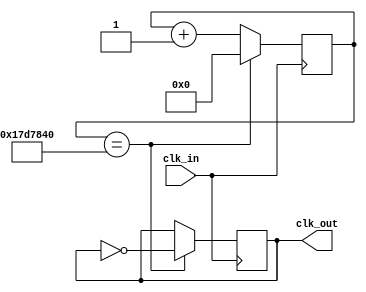
`timescale 1ns / 1ps
//////////////////////////////////////////////////////////////////////////////////
// Company: 
// Engineer: 
// 
// Design Name: 
// Module Name:    Slowclk_1Hz 
// Project Name: 
// Target Devices: 
// Tool versions: 
// Description: 
//
// Dependencies: 
//
// Revision: 
// Revision 0.01 - File Created
// Additional Comments: 
//
//////////////////////////////////////////////////////////////////////////////////
module Slowclk_1Hz(
    input clk_in,
    output reg clk_out
);

    reg [25:0] count = 0;

    always @(posedge clk_in)
    begin
		count <= count + 1;
        if (count == 25000000)
        begin
            count <= 0;
            clk_out <= ~clk_out;
        end
     
    end

endmodule